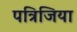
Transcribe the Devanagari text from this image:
पत्रिजिया